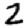
Digit: 2